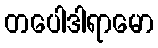
တပေါဒါရာမော